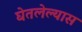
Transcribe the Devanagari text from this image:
घेतलेल्यास